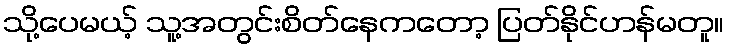
သို့ပေမယ့် သူ့အတွင်းစိတ်နေကတော့ ပြတ်နိုင်ဟန်မတူ။